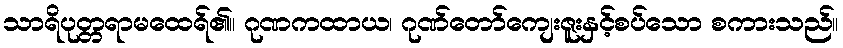
သာရိပုတ္တရာမထေရ်၏။ ဂုဏကထာယ၊ ဂုဏ်တော်ကျေးဇူးနှင့်စပ်သော စကားသည်။